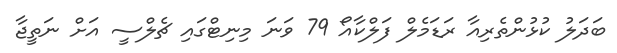
ބަދަލު ކުޅުންތެރިއާ ރަޑަމެލް ފަލްކާއޯ 79 ވަނަ މިނިޓްގައި ޗެލްސީ އަށް ނަތީޖާ